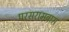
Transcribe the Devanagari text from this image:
परसरामबास